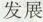
发展